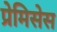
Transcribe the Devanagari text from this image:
प्रेमिसेस